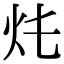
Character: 𤆚